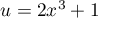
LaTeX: u = 2 x ^ { 3 } + 1